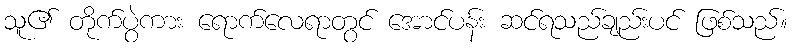
သူ၏ တိုက်ပွဲကား ရောက်လေရာတွင် အောင်ပန်း ဆင်ရသည်ချည်းပင် ဖြစ်သည်။